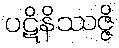
ပဋိနိဿဇ္ဇိ